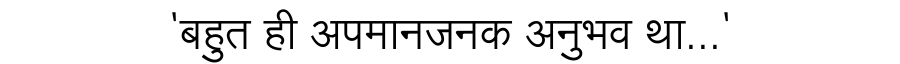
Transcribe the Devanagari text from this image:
'बहुत ही अपमानजनक अनुभव था...'